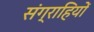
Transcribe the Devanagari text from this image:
संग्राहियों